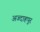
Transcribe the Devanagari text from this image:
अज्दाहपुर